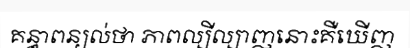
គន្ធាពន្យល់ថា ភាពល្បីល្បាញនោះគឺឃើញ